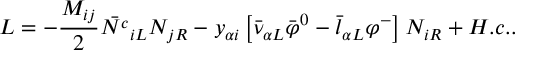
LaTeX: { \cal L } = - \frac { M _ { i j } } { 2 } \bar { N ^ { c } } _ { i L } N _ { j R } - y _ { \alpha i } \left[ \bar { \nu } _ { \alpha L } \bar { \varphi } ^ { 0 } - \bar { l } _ { \alpha L } \varphi ^ { - } \right] N _ { i R } + H . c . .